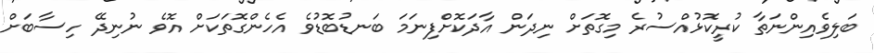
ބަލިވެއިންނަތާ ކުރީކޮޅުއްސުރެ މިގޮތަށް ނިދަން އާދަކޮށްފިނަމަ ބަނޑުބޮޑުވެ އެހެންގޮތަކަށް އޮވެ ނުނިދޭ ހިސާބަށް